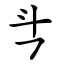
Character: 㪲